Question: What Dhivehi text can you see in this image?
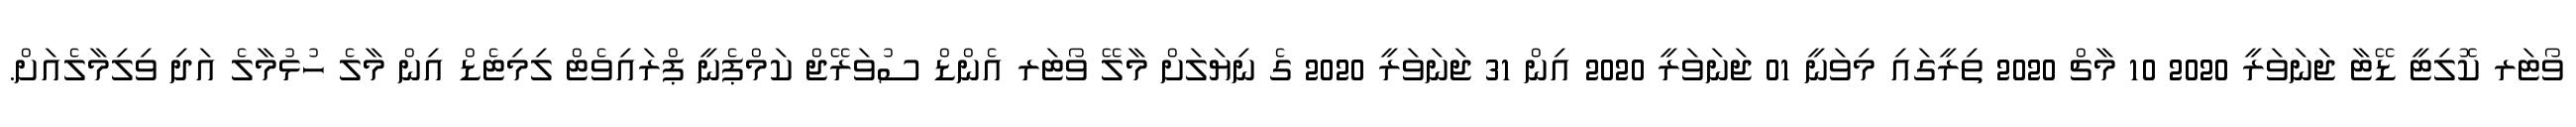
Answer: ވޯޓަރ ކޮލިޓީ ޑޭޓާ ޖަނަވަރީ 2020 10 މާޗް 2020 ތިރީގައި މިވަނީ 01 ޖަނަވަރީ 2020 އިން 31 ޖަނަވަރީ 2020 ގެ ނިޔަލަށް މާލޭ ވޯޓަރ އެންޑް ސުވަރޭޖް ކަމްޕެނީ ޕްރައިވެޓް ލިމިޓެޑް އިން މާލެ ހުޅުމާލެ އަދި ވިލިމާލެއަށް.